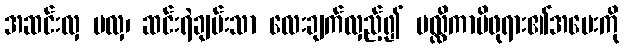
အဆင်းလှ မလှ၊ ဆင်းရဲချမ်းသာ လေးချက်လှည့်၍ မလ္လိကာမိဖုရား၏အမေးကို